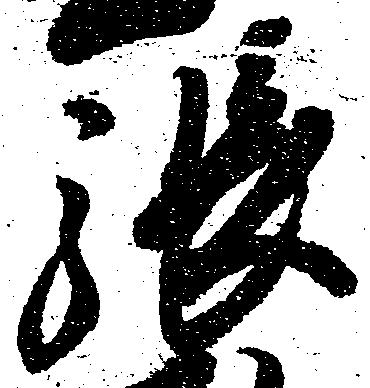
張